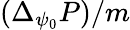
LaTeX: (\Delta_{\psi_{0}}P)/m